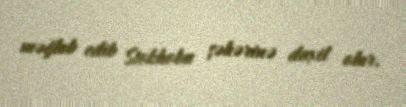
məğlub edib Stokholm şəhərinə daxil olur.